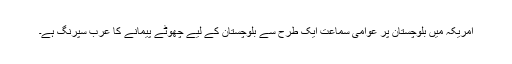
امریکہ میں بلوچستان پر عوامی سماعت ایک طرح سے بلوچستان کے لیے چھوٹے پیمانے کا عرب سپرنگ ہے۔